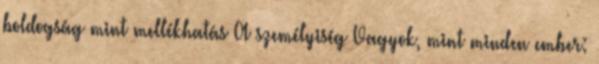
boldogság mint mellékhatás A személyiség Vagyok, mint minden ember: